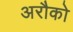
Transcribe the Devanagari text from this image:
अरौको